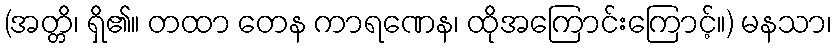
(အတ္တိ၊ ရှိ၏။ တထာ တေန ကာရဏေန၊ ထိုအကြောင်းကြောင့်။) မနသာ၊